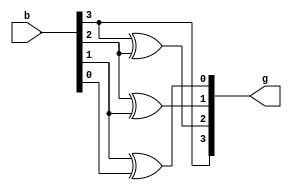
module bintogray(input[3:0]b,output [3:0]g);
  assign g[3]=b[3];
  assign g[2]=b[3]^b[2];
  assign g[1]=b[2]^b[1];
  assign g[0]=b[1]^b[0];
endmodule